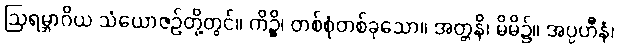
ဩရမ္ဘာဂိယ သံယောဇဉ်တို့တွင်။ ကိဉ္စိ၊ တစ်စုံတစ်ခုသော။ အတ္တနိ၊ မိမိ၌။ အပ္ပဟီနံ၊